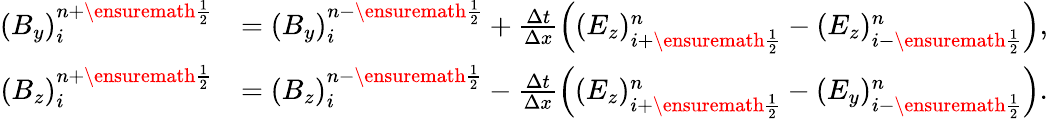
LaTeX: \begin{array}{rl}{(B_{y})_{i}^{n+\ensuremath{{\frac{1}{2}}}}}&{=(B_{y})_{i}^{n-\ensuremath{{\frac{1}{2}}}}+\frac{\Delta t}{\Delta x}\left((E_{z})_{i+\ensuremath{{\frac{1}{2}}}}^{n}-(E_{z})_{i-\ensuremath{{\frac{1}{2}}}}^{n}\right),}\\ {(B_{z})_{i}^{n+\ensuremath{{\frac{1}{2}}}}}&{=(B_{z})_{i}^{n-\ensuremath{{\frac{1}{2}}}}-\frac{\Delta t}{\Delta x}\left((E_{z})_{i+\ensuremath{{\frac{1}{2}}}}^{n}-(E_{y})_{i-\ensuremath{{\frac{1}{2}}}}^{n}\right).}\end{array}